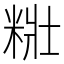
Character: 䊋